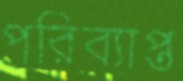
পরিব্যাপ্ত